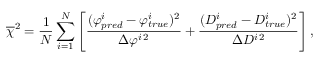
\overline { \chi } ^ { 2 } = \frac { 1 } { N } \sum _ { i = 1 } ^ { N } \left[ \frac { ( \varphi _ { p r e d } ^ { i } - \varphi _ { t r u e } ^ { i } ) ^ { 2 } } { \Delta \varphi ^ { i \, 2 } } + \frac { ( D _ { p r e d } ^ { i } - D _ { t r u e } ^ { i } ) ^ { 2 } } { \Delta D ^ { i \, 2 } } \right] ,